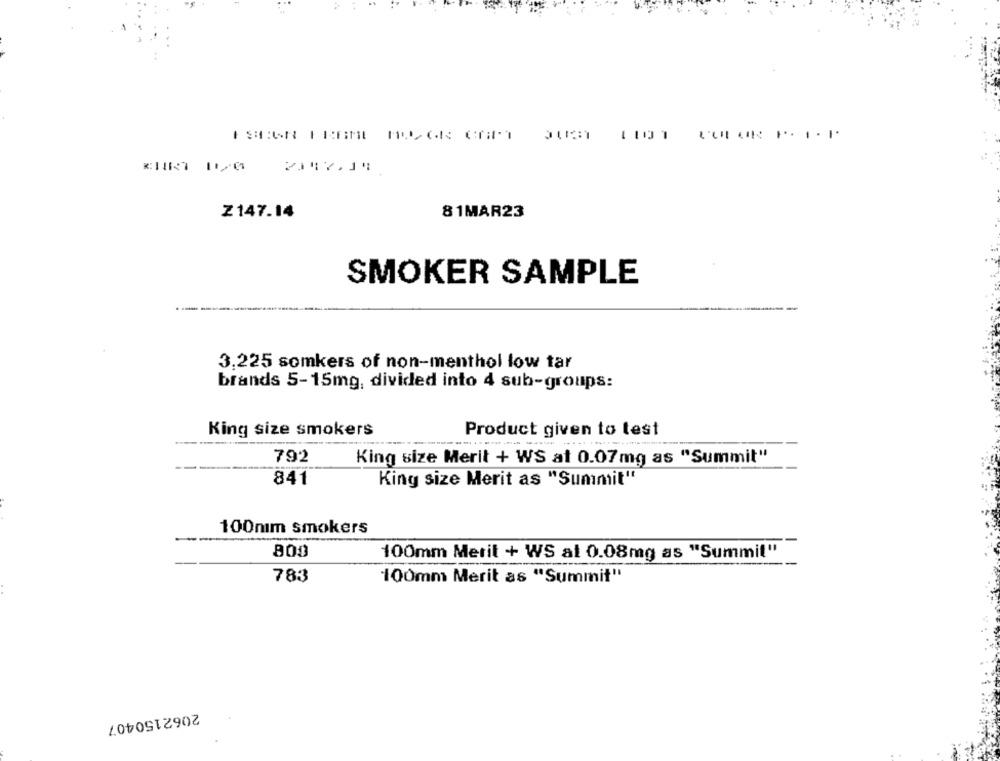
Z147.14
81MAR23
SMOKER SAMPLE
3,225 somkers of non-menthol low tar
brands 5-15mg, divided into 4 sub-groups:
King size smokers
Product given to test
792
King size Merit + WS at 0.07mg as "Summit"
841
King size Merit as "Summit"
100mım smokers
800
100mm Merit + WS al 0.08mg as "Summit"
783
100mm Merit as "Summit"
2062150407